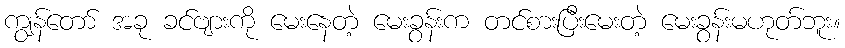
ကျွန်တော် အခု ခင်ဗျားကို မေးနေတဲ့ မေးခွန်းက တင်စားပြီးမေးတဲ့ မေးခွန်းမဟုတ်ဘူး။